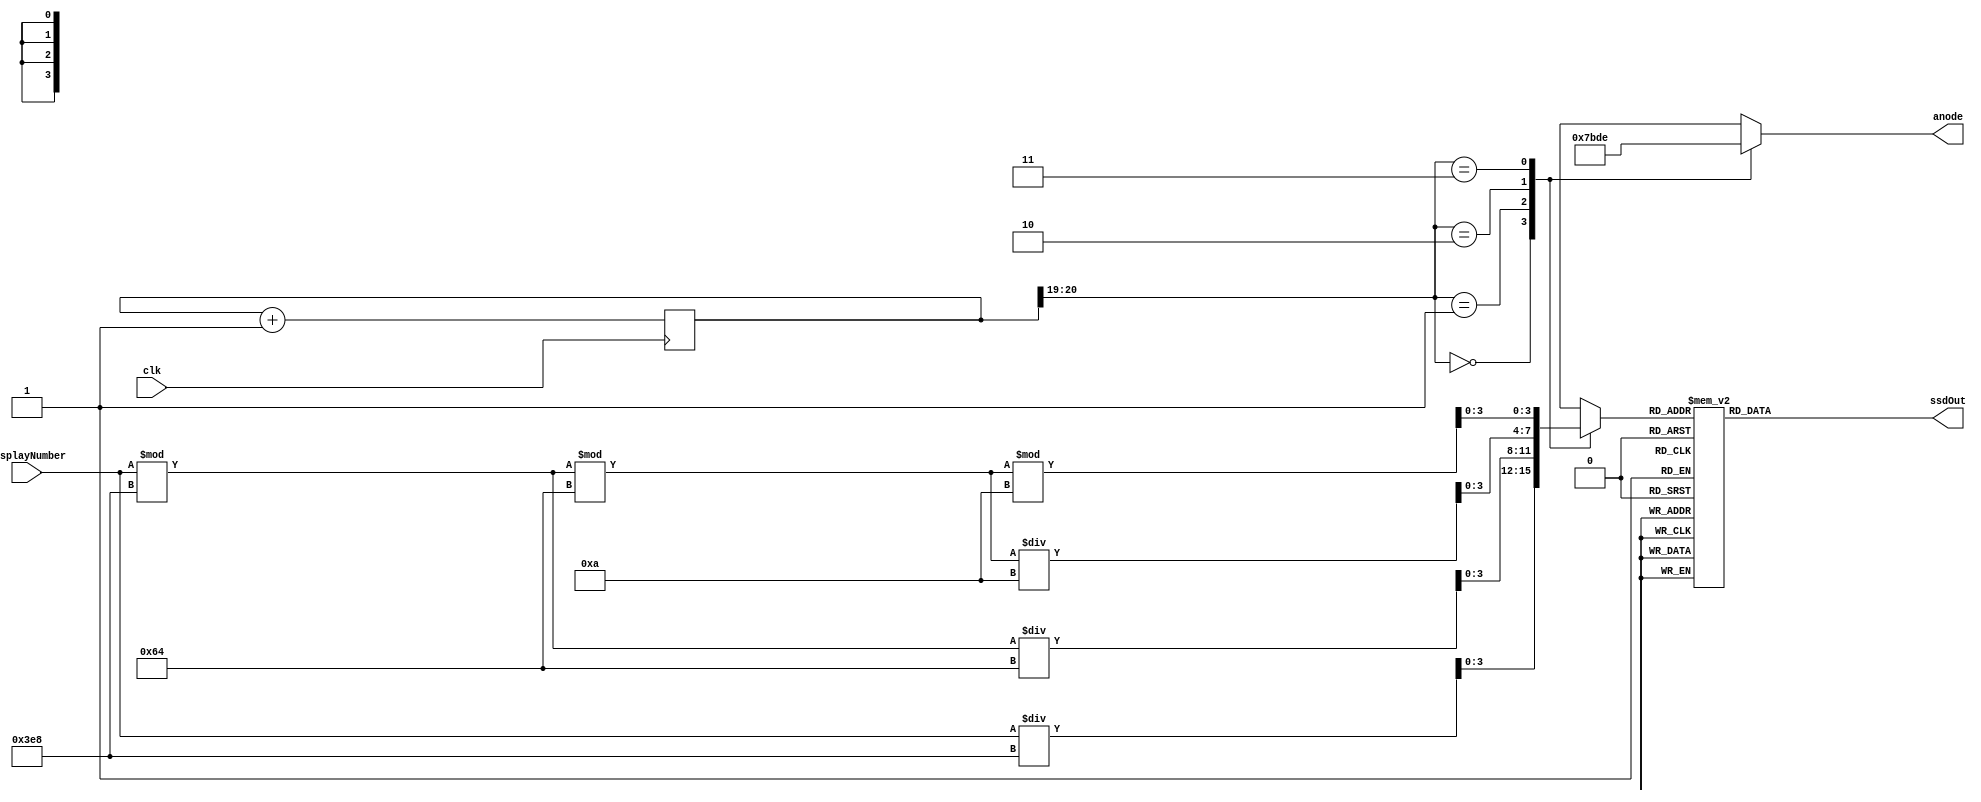
`timescale 1ns / 1ps
//////////////////////////////////////////////////////////////////////////////////
// Company: 
// Engineer: 
// 
// Design Name: 
// Module Name:    counterVerilog 
// Project Name: 
// Target Devices: 
// Tool versions: 
// Description: 
//
// Dependencies: 
//
// Revision: 
// Revision 0.01 - File Created
// Additional Comments: 
//
//////////////////////////////////////////////////////////////////////////////////
module counter(
	input clk,
	input[15:0] displayNumber,
	output reg [3:0] anode,
	output reg [6:0] ssdOut	
    );
	 
	reg [20:0] refresh;
	reg [3:0] LEDNumber;
	wire [1:0] LEDCounter;
	
	
	always @ (posedge clk)
	begin
		refresh <= refresh + 21'd1;
	end
	assign LEDCounter = refresh[20:19];
	
	always @ (*)
	 begin
		case (LEDCounter)
		2'b00: begin
			anode = 4'b0111;
			LEDNumber = displayNumber/1000;
				end
		2'b01: begin
			anode = 4'b1011;
			LEDNumber = (displayNumber % 1000)/100;
				end
		2'b10: begin
			anode = 4'b1101;
			LEDNumber = ((displayNumber % 1000)%100)/10;
				end
		2'b11: begin
			anode = 4'b1110;
			LEDNumber = ((displayNumber % 1000)%100)%10;
				end		
		endcase
	end
	always @ (*)
    begin
        case (LEDNumber)
        4'b0000: ssdOut = 7'b0000001;     
        4'b0001: ssdOut = 7'b1001111; 
        4'b0010: ssdOut = 7'b0010010; 
        4'b0011: ssdOut = 7'b0000110;  
        4'b0100: ssdOut = 7'b1001100;  
        4'b0101: ssdOut = 7'b0100100; 
        4'b0110: ssdOut = 7'b0100000;  
        4'b0111: ssdOut = 7'b0001111;  
        4'b1000: ssdOut = 7'b0000000;     
        4'b1001: ssdOut = 7'b0000100; 
        default: ssdOut = 7'b0000001; 
        endcase
    end
endmodule